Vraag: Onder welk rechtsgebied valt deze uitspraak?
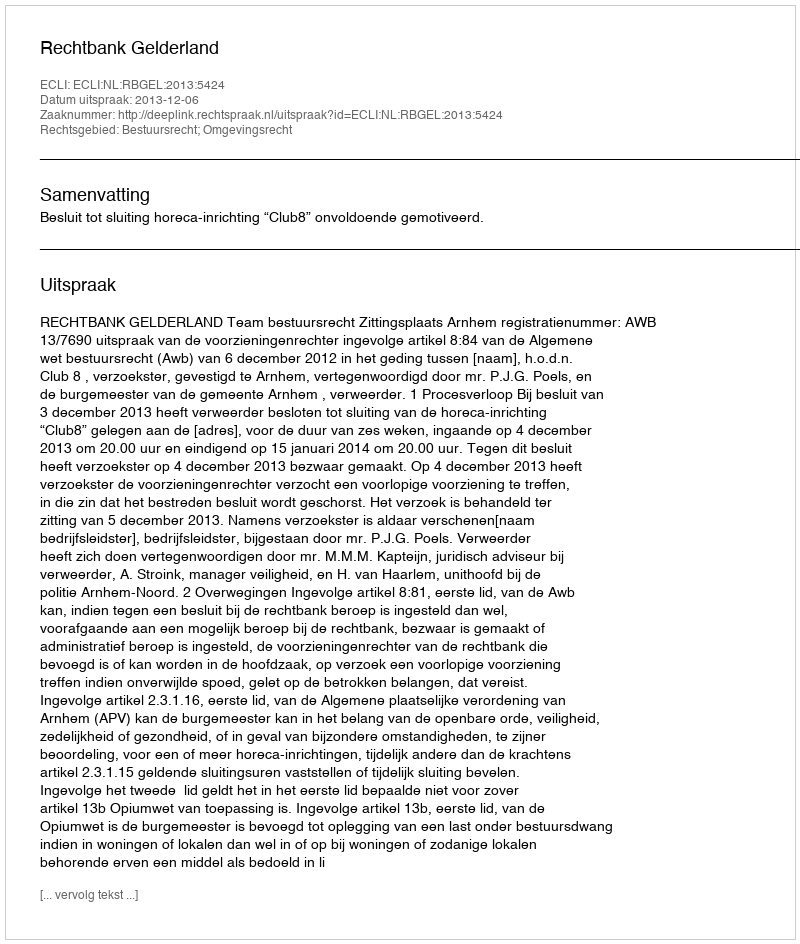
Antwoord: Bestuursrecht; Omgevingsrecht